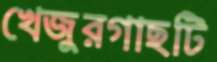
খেজুরগাছটি